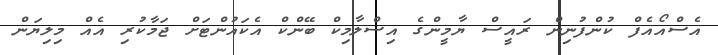
އެސްއޯއެފް ކުންފުނިން ރައީސް ޔާމީންގެ އިސްލާމިކް ބޭންކް އެކައުންޓަށް ޖަމާކުރި އެއް މިލިޔަން